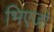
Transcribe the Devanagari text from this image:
भिएजो